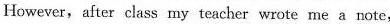
However, after class rmy teacher wrote me a note,